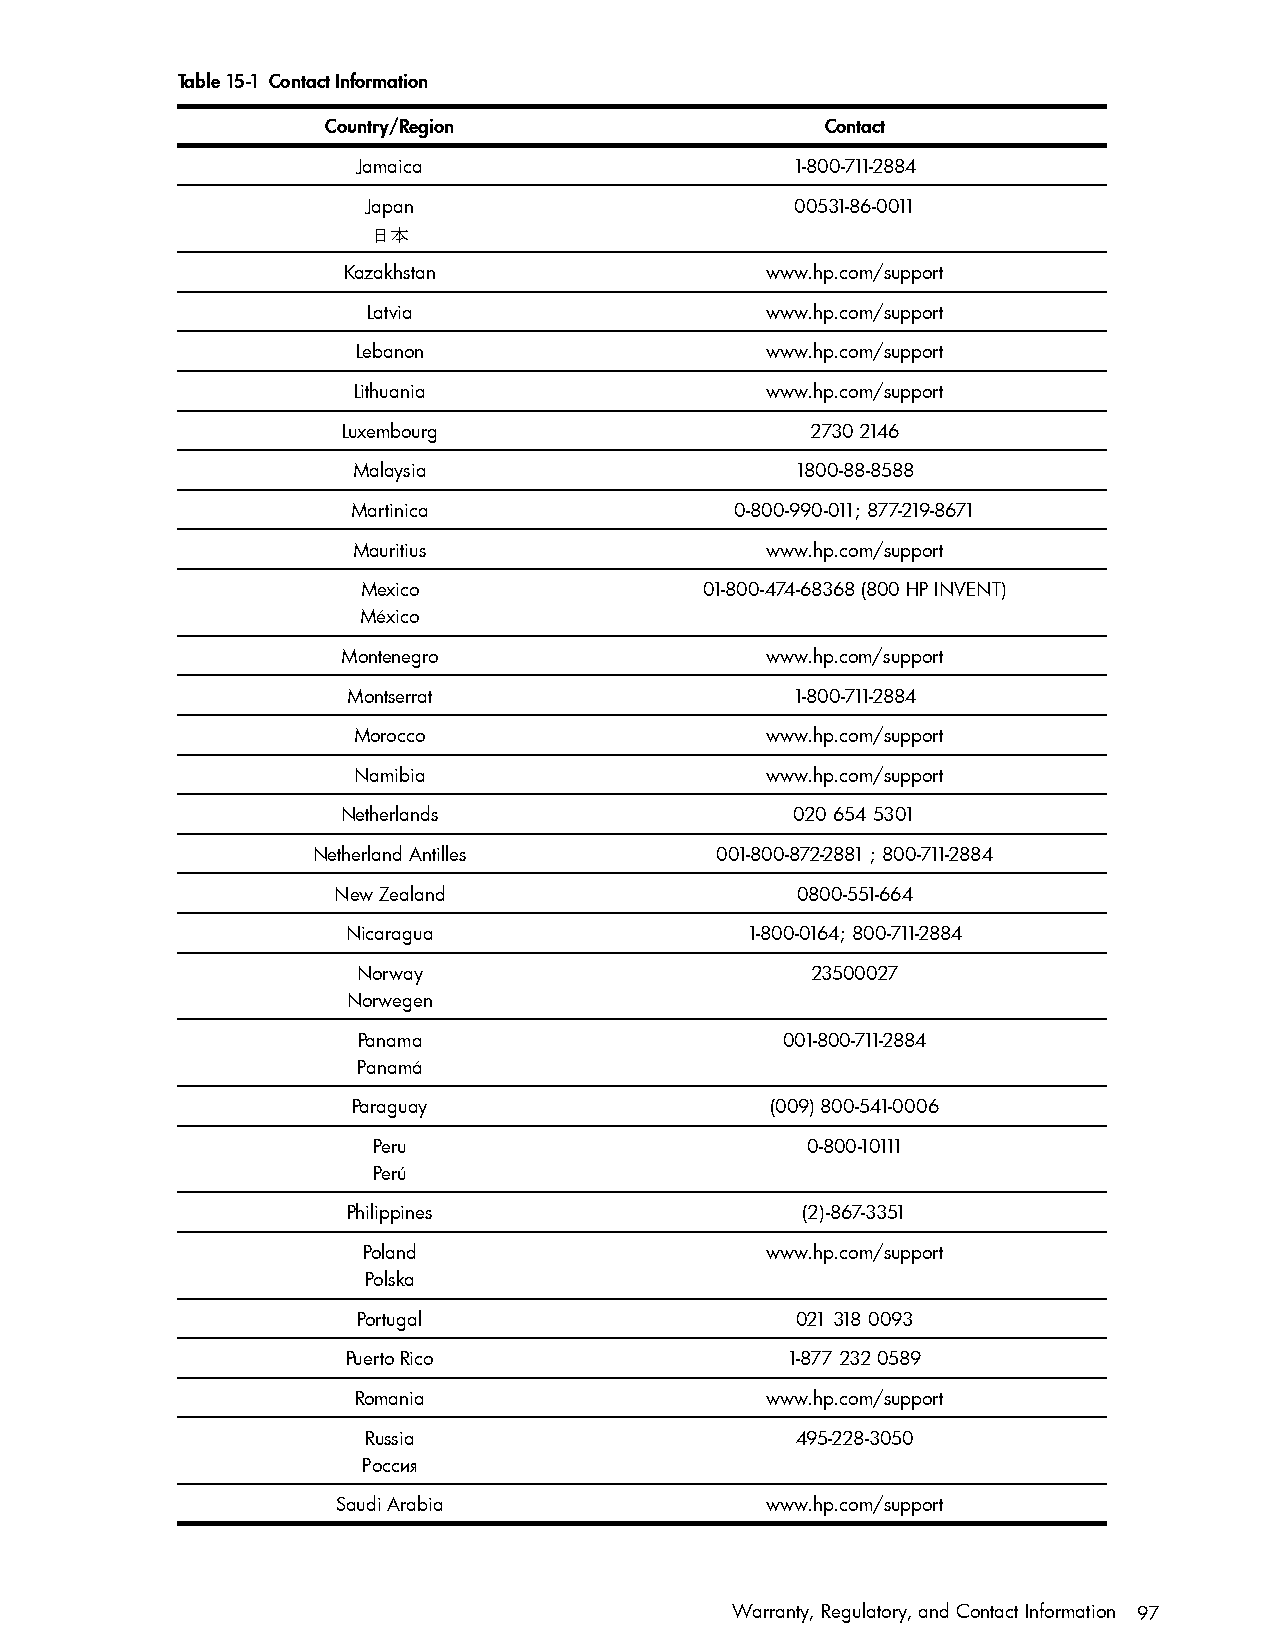
Table 15-1 Contact Information
 Country/Region                   Contact
 Jamaica                      1-800-711-2884
 Japan                        00531-86-0011
 日本
 Kazakhstan                  www.hp.com/support
 Latvia                     www.hp.com/support
 Lebanon                    www.hp.com/support
 Lithuania                   www.hp.com/support
 Luxembourg                     2730 2146
 Malaysia                      1800-88-8588
 Martinica                 0-800-990-011; 877-219-8671
 Mauritius                   www.hp.com/support
 Mexico                 01-800-474-68368 (800 HP INVENT)
 México
 Montenegro                  www.hp.com/support
 Montserrat                    1-800-711-2884
 Morocco                     www.hp.com/support
 Namibia                     www.hp.com/support
 Netherlands                   020 654 5301
 Netherland Antilles       001-800-872-2881 ; 800-711-2884
 New Zealand                    0800-551-664
 Nicaragua                 1-800-0164; 800-711-2884
 Norway                        23500027
 Norwegen
 Panama                      001-800-711-2884
 Panamá
 Paraguay                    (009) 800-541-0006
 Peru                        0-800-10111
 Perú
 Philippines                   (2)-867-3351
 Poland                     www.hp.com/support
 Polska
 Portugal                     021 318 0093
 Puerto Rico                  1-877 232 0589
 Romania                     www.hp.com/support
 Russia                       495-228-3050
 Россия
 Saudi Arabia                 www.hp.com/support
 Warranty, Regulatory, and Contact Information 97